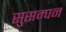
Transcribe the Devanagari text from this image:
सुसम्पन